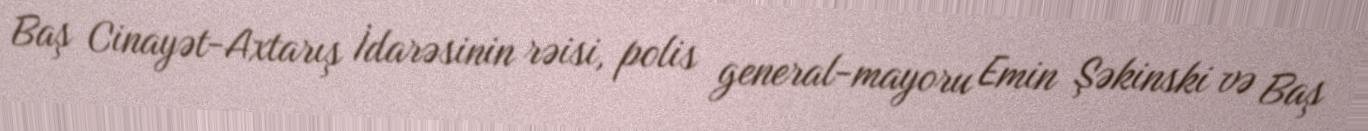
Baş Cinayət-Axtarış İdarəsinin rəisi, polis general-mayoru Emin Şəkinski və Baş